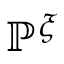
\mathbb { P } ^ { \xi }